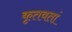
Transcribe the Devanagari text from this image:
कृतवतां